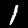
Label: 1